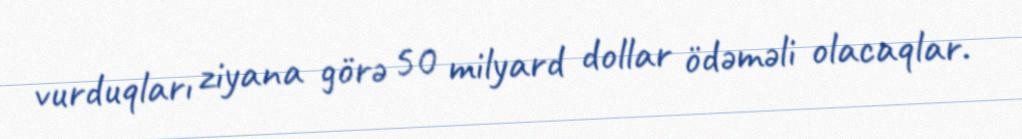
vurduqları ziyana görə 50 milyard dollar ödəməli olacaqlar.